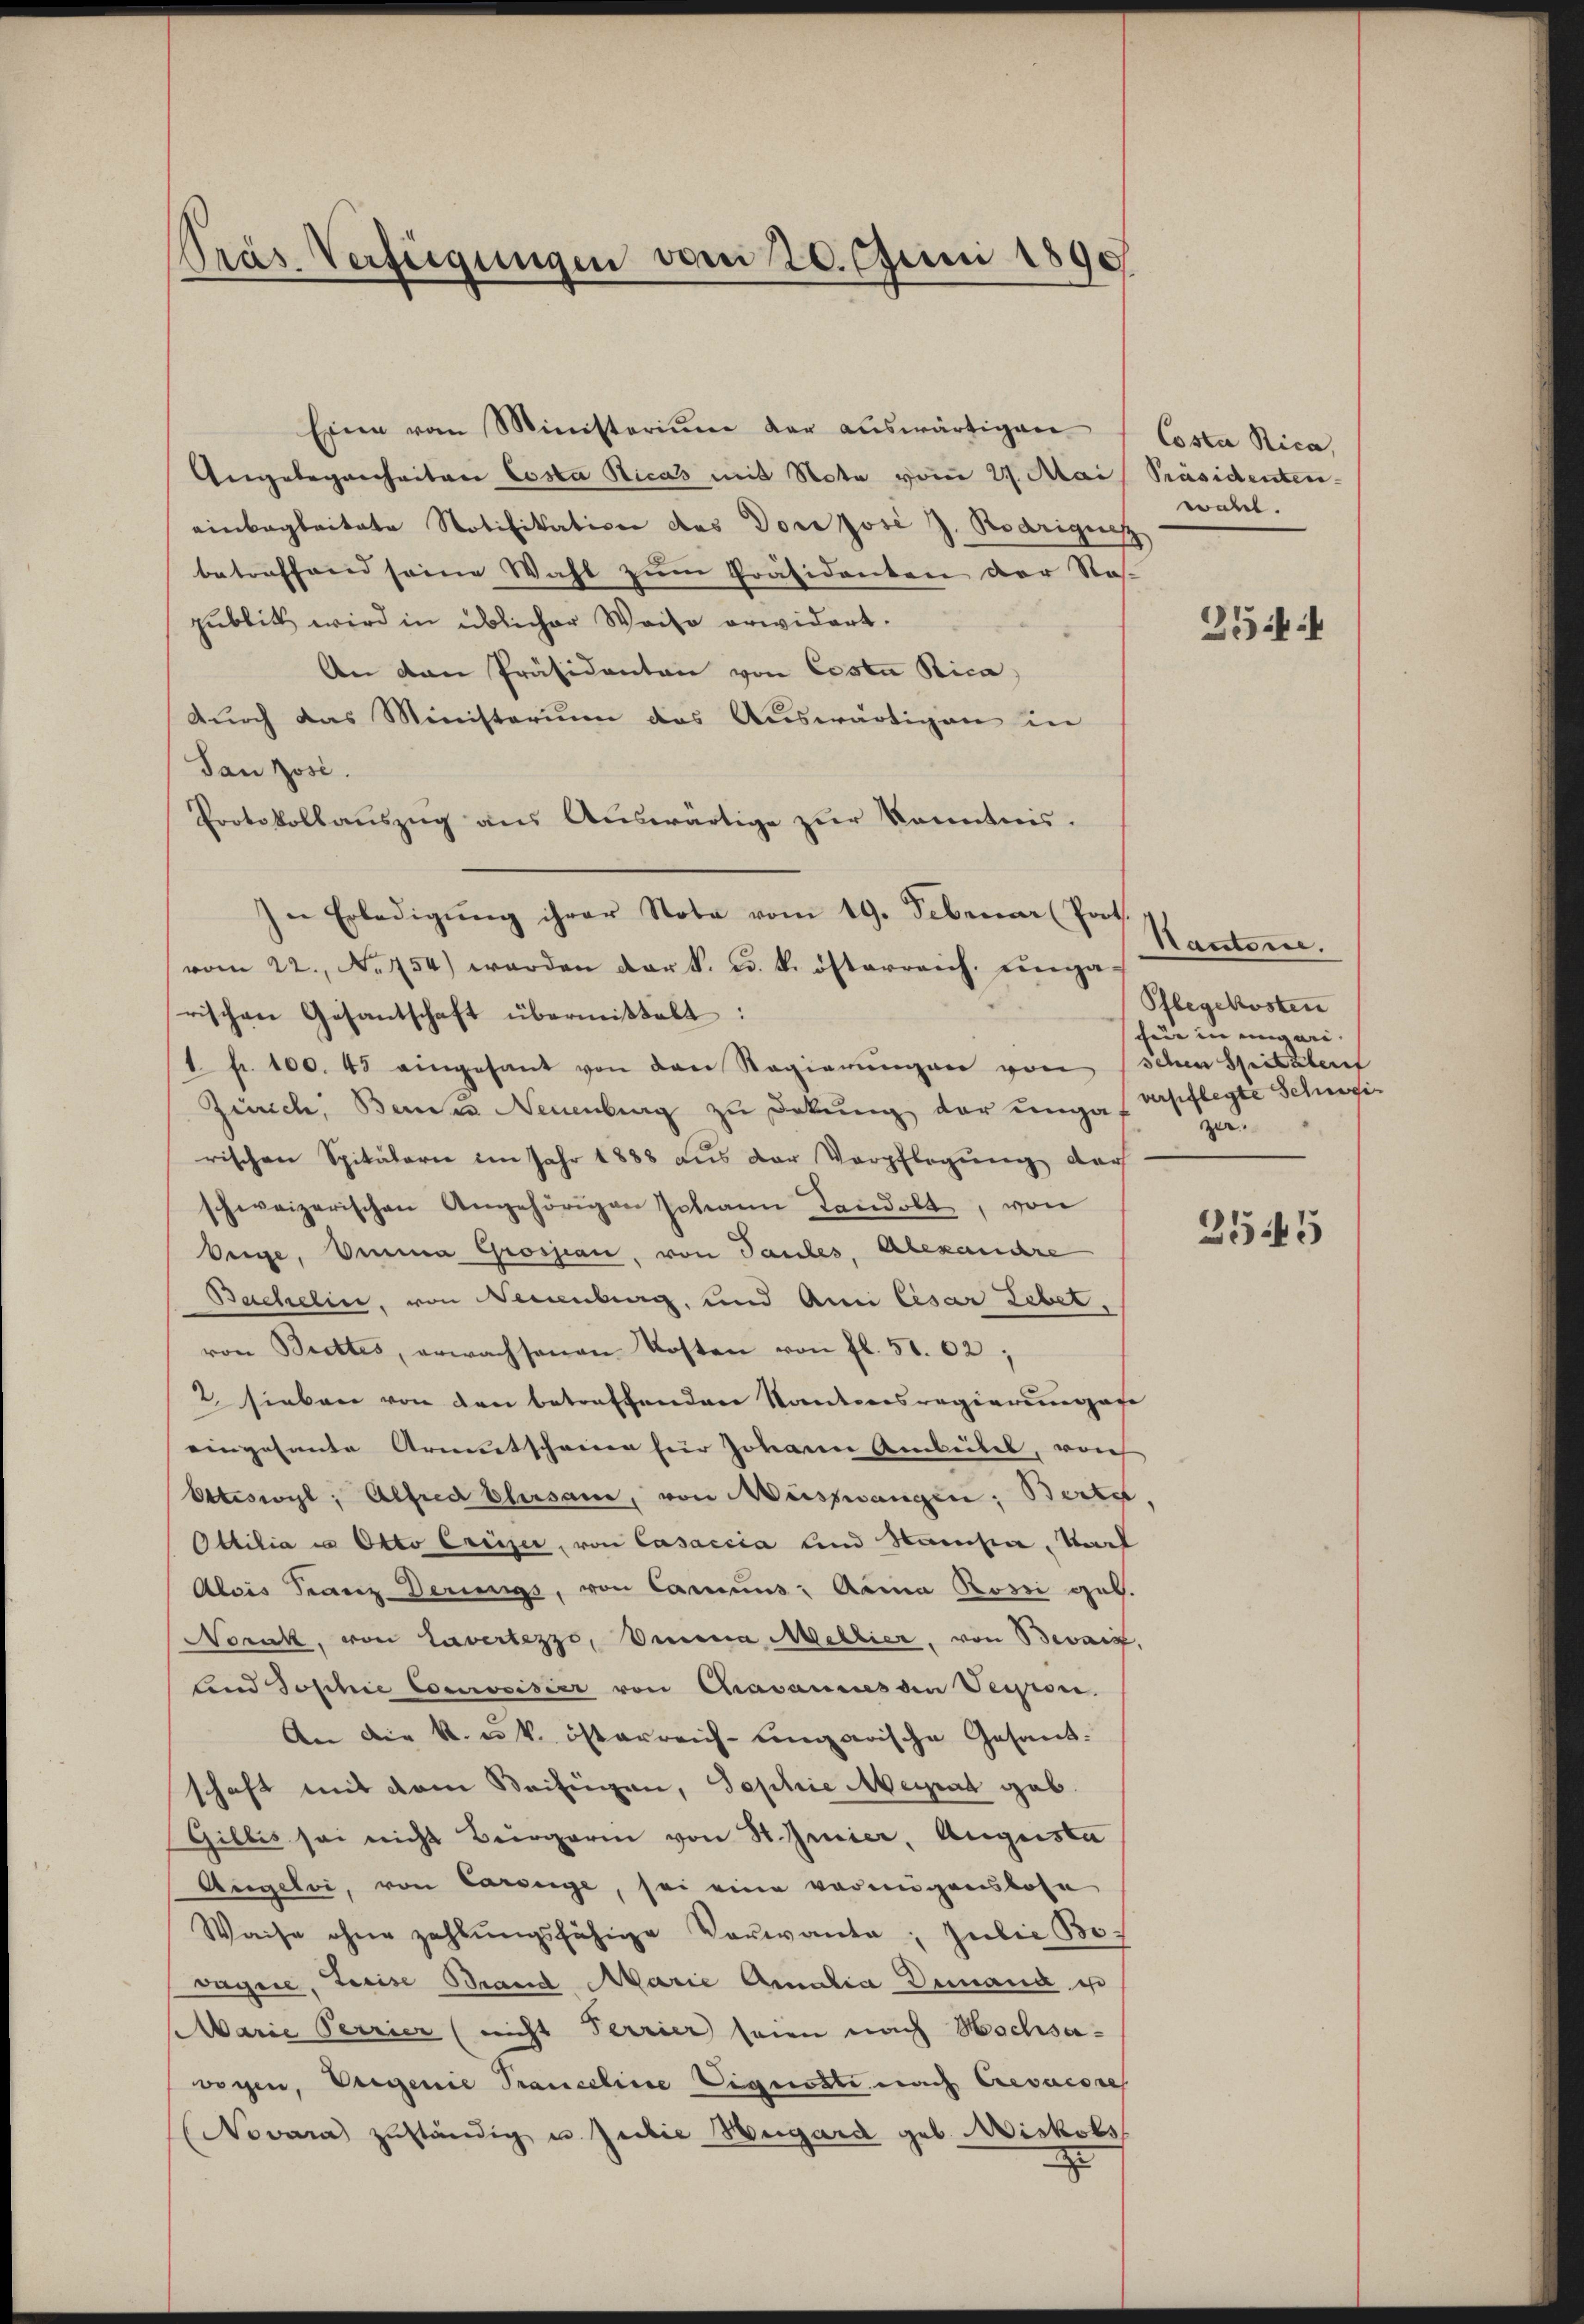
Pras Verfügungen vom 20. Juni 1890

Einen vom Ministerium der auswärtigen
Angelegenheiten Costa Nicas mit Note vom 27. Mai Präsidenten-
einbegleitete Notifikation des Dor Josi J. Rodrigusz
betreffend seine Wahl zum Präsidenten der Nas-
publik wird in üblicher Weise erwidert.
An dan Präsidenten von Costa Rica,
durch das Ministerium das Auswärtigen in
dan Josi.
Protokollauszug aus Auswärtige zur Kenntnis.
In Erledigŭng ihrer Note vom 19. Februar (Poot.
vom 22. No 754) werden der k. u. k. österreich. Einga-
rischen Gesantschaft übermittelt:
1 f. 100. 45 eingesant von der Regierungen von schen Spitalent
Zürich, Bandes Neuenburg zu Dekŭng der ungau verpflegte Schweirischen Spitalarie im Jahr 1888 aus der Verpflegung der
schweizerischen Angehörigen Johann Landolt, von
beige, Demma Grossian, von Tantes, Alexandre
Bachelin, von Seienburg, und Ami Cesar Lebet,
von Brettes, erwachsenen Kosten von fl. 51. 02;
2. sieben von den betreffenden Kantonsregierung au
eingesandte Armutscheine für Johann Arbeites, roch
Ettiswyl, Alfred Elisau, von Müszwangen: Bartet
Ottilia in Otto Creizer, von Casaccia und Hausen, Karl
Alois Franz derungs, von Caruus: Anna Posi geb.
Norick, von Lavertezzo, Viena Mellier, von Bevai,
land Joschie Courvoisier von Cravannes den Verson.
An die k. u. k. österreich-ungarische Gesandschaft mit dem Beifügen, Sophie Meirat gab.
Gillis sei nicht Bürgerin von St. Genier, Augusta
Angeli, von Carsige, sei eine vorangenslose
Waise ohne zahlŭngsfähige Vorwante, Julie Bevagnie, Freise Brand Marie Amalia Demand is
Marie Perrier (nicht Terrier seien nach Hochsawogen, Vergenie Pranceline Vignosti nach Crevacore
Novara zuständig u. Julie Wegard geb. Miskobs
z

Costa Rica,
wahl.

2544

Nautore.
Pflegekosten
eie in eingeri.
ze.

2545